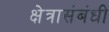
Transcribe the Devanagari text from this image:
क्षेत्रासंबंधी